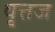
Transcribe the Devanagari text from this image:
वृत्तज